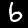
Label: 6